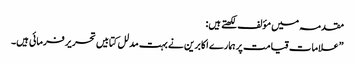
مقدمہ میں مؤلف لکھتے ہیں:
”علامات قیامت پر ہمارے اکابرین نے بہت مدلل کتابیں تحریر فرمائی ہیں۔